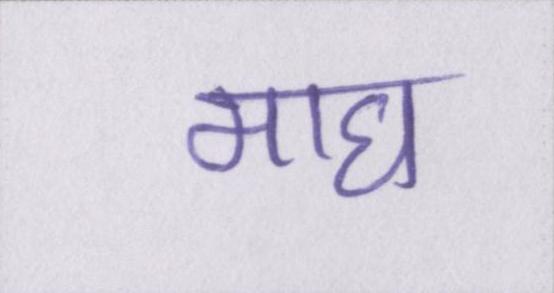
माघ